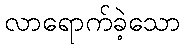
လာရောက်ခဲ့သော